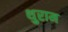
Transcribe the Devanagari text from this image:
थुराम